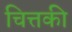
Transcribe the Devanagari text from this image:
चित्तकी